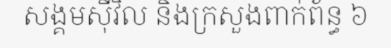
សង្គមស៊ីវិល និងក្រសួងពាក់ព័ន្ធ ៦